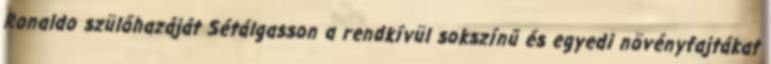
Ronaldo szülőhazáját Sétálgasson a rendkívül sokszínű és egyedi növényfajtákat